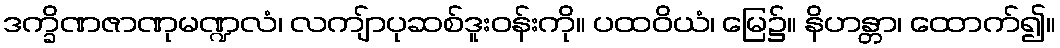
ဒက္ခိဏဇာဏုမဏ္ဍလံ၊ လကျ်ာပုဆစ်ဒူးဝန်းကို။ ပထဝိယံ၊ မြေ၌။ နိဟန္တာ၊ ထောက်၍။